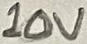
Text: 10V